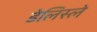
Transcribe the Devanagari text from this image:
डेलिस्ले